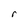
Character: r